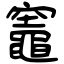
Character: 竈